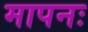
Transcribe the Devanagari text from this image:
मापनः